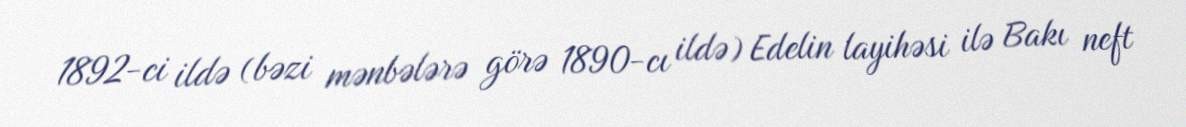
1892-ci ildə (bəzi mənbələrə görə 1890-cı ildə) Edelin layihəsi ilə Bakı neft